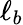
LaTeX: \ell_{b}